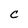
Character: C